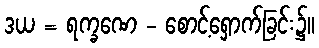
ဒယ = ရက္ခဏေ - စောင့်ရှောက်ခြင်း၌။